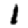
Digit: 1